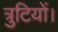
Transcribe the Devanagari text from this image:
त्रुटियों।